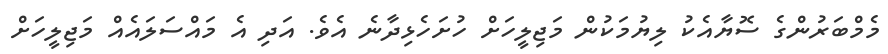
މެމްބަރުންގެ ސޮޔާއެކު ލިޔުމަކުން މަޖިލީހަށް ހުށަހެޅިދާނެ އެވެ. އަދިި އެ މައްސަލައެއް މަޖިލީހަށް